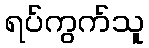
ရပ်ကွက်သူ